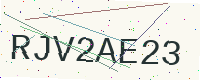
Text: RJV2AE23